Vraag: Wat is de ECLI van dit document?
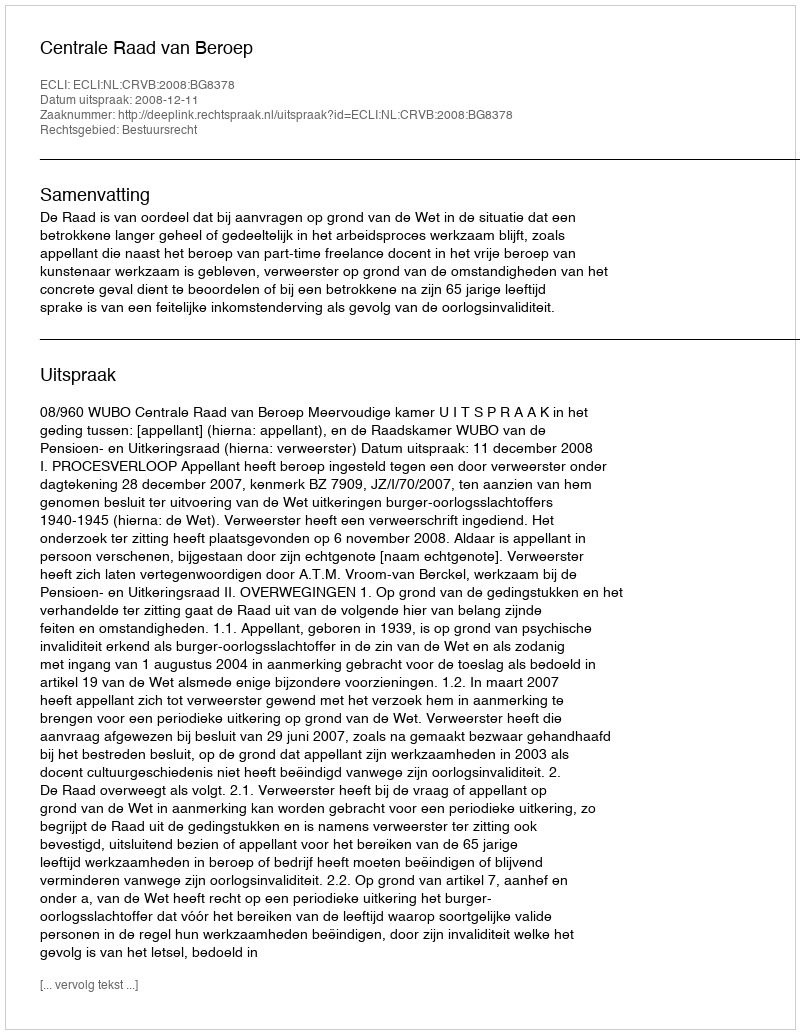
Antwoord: ECLI:NL:CRVB:2008:BG8378